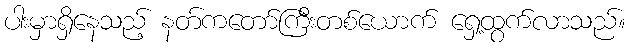
ပါးမှာရှိနေသည့် နတ်ကတော်ကြီးတစ်ယောက် ရှေ့ထွက်လာသည်။